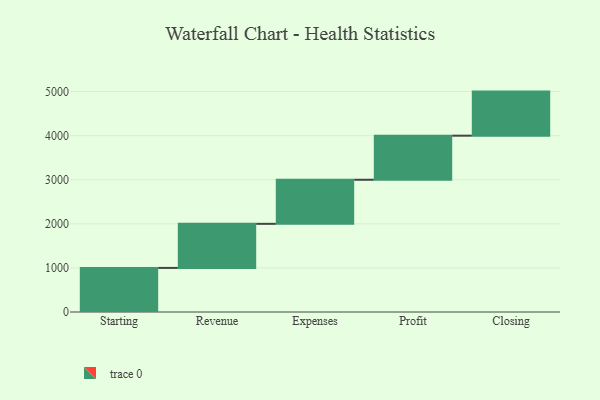
{"axis": {"x": "Step", "y": "Value"}, "legend": [""], "data": [{"x": "Starting", "y": 1000, "type": ""}, {"x": "Revenue", "y": 1000, "type": ""}, {"x": "Expenses", "y": 1000, "type": ""}, {"x": "Profit", "y": 1000, "type": ""}, {"x": "Closing", "y": 1000, "type": ""}]}